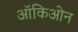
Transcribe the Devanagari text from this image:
ऑकिओन